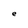
Character: e